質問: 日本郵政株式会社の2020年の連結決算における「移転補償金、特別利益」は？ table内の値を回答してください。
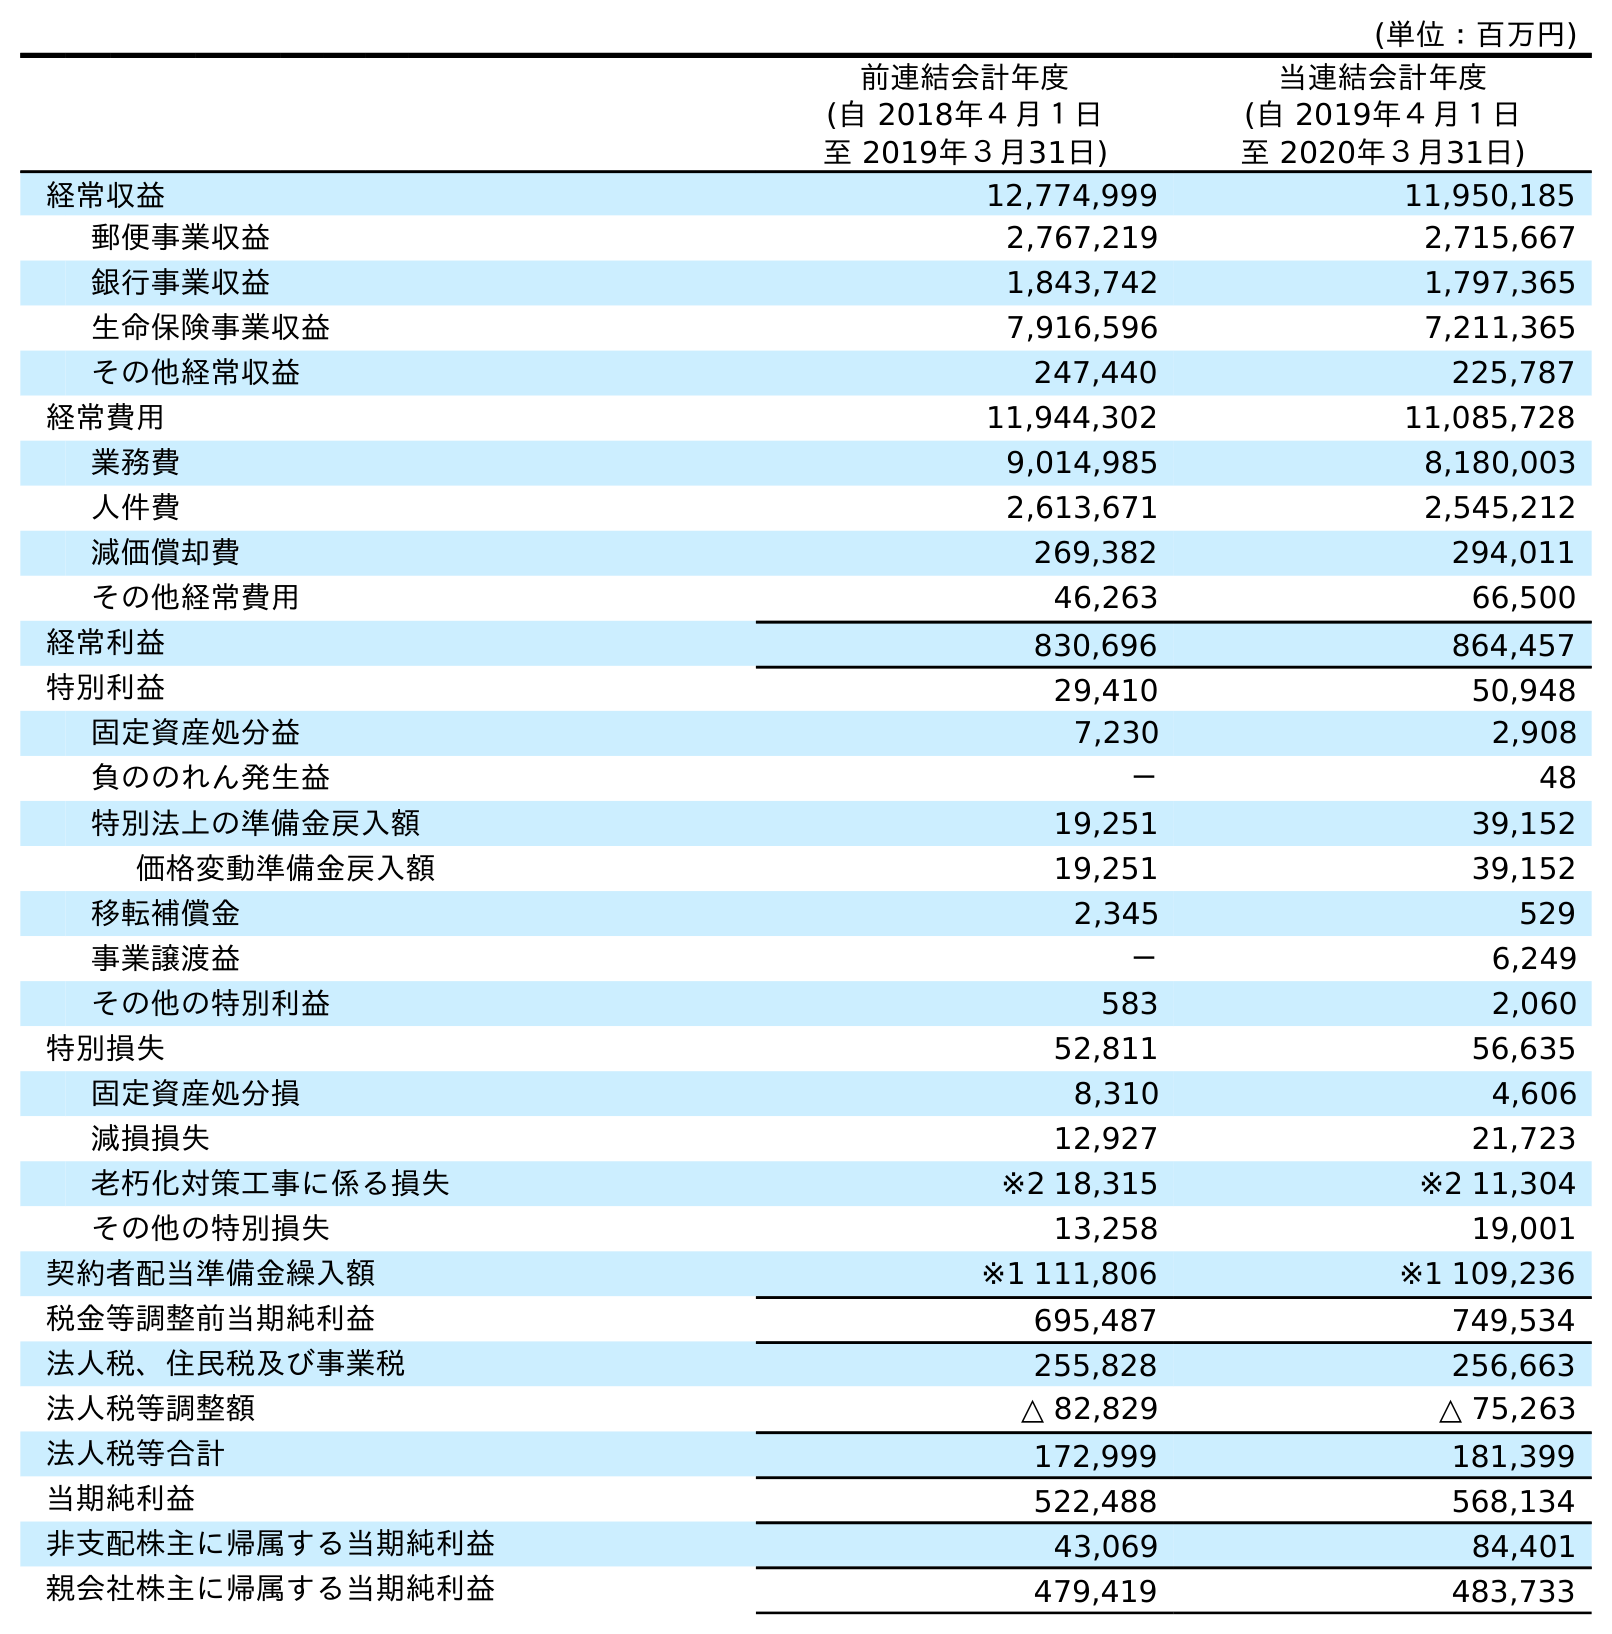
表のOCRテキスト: (単位：百万円) 前連結会計年度 (自 2018年４月１日 至 2019年３月31日) 当連結会計年度 (自 2019年４月１日 至 2020年３月31日) 経常収益 12,774,999 11,950,185 郵便事業収益 2,767,219 2,715,667 銀行事業収益 1,843,742 1,797,365 生命保険事業収益 7,916,596 7,211,365 その他経常収益 247,440 225,787 経常費用 11,944,302 11,085,728 業務費 9,014,985 8,180,003 人件費 2,613,671 2,545,212 減価償却費 269,382 294,011 その他経常費用 46,263 66,500 経常利益 830,696 864,457 特別利益 29,410 50,948 固定資産処分益 7,230 2,908 負ののれん発生益 － 48 特別法上の準備金戻入額 19,251 39,152 価格変動準備金戻入額 19,251 39,152 移転補償金 2,345 529 事業譲渡益 － 6,249 その他の特別利益 583 2,060 特別損失 52,811 56,635 固定資産処分損 8,310 4,606 減損損失 12,927 21,723 老朽化対策工事に係る損失 ※2 18,315 ※2 11,304 その他の特別損失 13,258 19,001 契約者配当準備金繰入額 ※1 111,806 ※1 109,236 税金等調整前当期純利益 695,487 749,534 法人税、住民税及び事業税 255,828 256,663 法人税等調整額 △ 82,829 △ 75,263 法人税等合計 172,999 181,399 当期純利益 522,488 568,134 非支配株主に帰属する当期純利益 43,069 84,401 親会社株主に帰属する当期純利益 479,419 483,733
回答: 529